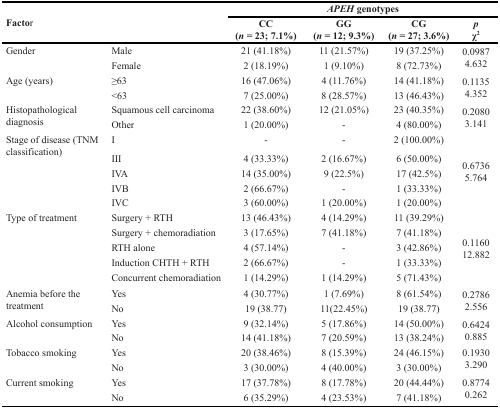
<table><thead><tr><td rowspan="2" colspan="2"><b>Factor</b></td><td colspan="4"><b><i>APEH</i> genotypes</b></td></tr><tr><td><b>CC (<i>n</i> = 23; 7.1%)</b></td><td><b>GG (<i>n</i> = 12; 9.3%)</b></td><td><b>CG (<i>n</i> = 27; 3.6%)</b></td><td><b><i>p</i>χ<sup>2</sup></b></td></tr></thead><tbody><tr><td rowspan="2">Gender</td><td>Male</td><td>21 (41.18%)</td><td>11 (21.57%)</td><td>19 (37.25%)</td><td rowspan="2">0.09874.632</td></tr><tr><td>Female</td><td>2 (18.19%)</td><td>1 (9.10%)</td><td>8 (72.73%)</td></tr><tr><td rowspan="2">Age (years)</td><td>≥63</td><td>16 (47.06%)</td><td>4 (11.76%)</td><td>14 (41.18%)</td><td rowspan="2">0.11354.352</td></tr><tr><td>&lt;63</td><td>7 (25.00%)</td><td>8 (28.57%)</td><td>13 (46.43%)</td></tr><tr><td rowspan="2">Histopathological diagnosis</td><td>Squamous cell carcinoma</td><td>22 (38.60%)</td><td>12 (21.05%)</td><td>23 (40.35%)</td><td rowspan="2">0.20803.141</td></tr><tr><td>Other</td><td>1 (20.00%)</td><td>-</td><td>4 (80.00%)</td></tr><tr><td rowspan="5">Stage of disease (TNM classification)</td><td>I</td><td>-</td><td>-</td><td>2 (100.00%)</td><td rowspan="5">0.67365.764</td></tr><tr><td>III</td><td>4 (33.33%)</td><td>2 (16.67%)</td><td>6 (50.00%)</td></tr><tr><td>IVA</td><td>14 (35.00%)</td><td>9 (22.5%)</td><td>17 (42.5%)</td></tr><tr><td>IVB</td><td>2 (66.67%)</td><td>-</td><td>1 (33.33%)</td></tr><tr><td>IVC</td><td>3 (60.00%)</td><td>1 (20.00%)</td><td>1 (20.00%)</td></tr><tr><td rowspan="5">Type of treatment</td><td>Surgery + RTH</td><td>13 (46.43%)</td><td>4 (14.29%)</td><td>11 (39.29%)</td><td rowspan="5">0.116012.882</td></tr><tr><td>Surgery + chemoradiation</td><td>3 (17.65%)</td><td>7 (41.18%)</td><td>7 (41.18%)</td></tr><tr><td>RTH alone</td><td>4 (57.14%)</td><td>-</td><td>3 (42.86%)</td></tr><tr><td>Induction CHTH + RTH</td><td>2 (66.67%)</td><td>-</td><td>1 (33.33%)</td></tr><tr><td>Concurrent chemoradiation</td><td>1 (14.29%)</td><td>1 (14.29%)</td><td>5 (71.43%)</td></tr><tr><td rowspan="2">Anemia before the treatment</td><td>Yes</td><td>4 (30.77%)</td><td>1 (7.69%)</td><td>8 (61.54%)</td><td rowspan="2">0.27862.556</td></tr><tr><td>No</td><td>19 (38.77)</td><td>11(22.45%)</td><td>19 (38.77)</td></tr><tr><td rowspan="2">Alcohol consumption</td><td>Yes</td><td>9 (32.14%)</td><td>5 (17.86%)</td><td>14 (50.00%)</td><td rowspan="2">0.64240.885</td></tr><tr><td>No</td><td>14 (41.18%)</td><td>7 (20.59%)</td><td>13 (38.24%)</td></tr><tr><td rowspan="2">Tobacco smoking</td><td>Yes</td><td>20 (38.46%)</td><td>8 (15.39%)</td><td>24 (46.15%)</td><td rowspan="2">0.19303.290</td></tr><tr><td>No</td><td>3 (30.00%)</td><td>4 (40.00%)</td><td>3 (30.00%)</td></tr><tr><td rowspan="2">Current smoking</td><td>Yes</td><td>17 (37.78%)</td><td>8 (17.78%)</td><td>20 (44.44%)</td><td rowspan="2">0.87740.262</td></tr><tr><td>No</td><td>6 (35.29%)</td><td>4 (23.53%)</td><td>7 (41.18%)</td></tr></tbody></table>